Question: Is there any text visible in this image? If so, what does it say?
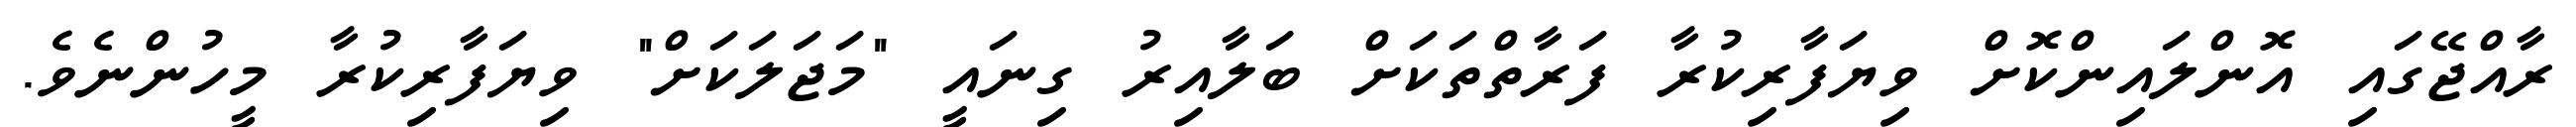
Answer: ރާއްޖޭގައި އޮންލައިންކޮށް ވިޔަފާރިކުރާ ފަރާތްތަކަށް ބަލާއިރު ގިނައީ "މަޖަލަކަށް" ވިޔަފާރިކުރާ މީހުންނެވެ.